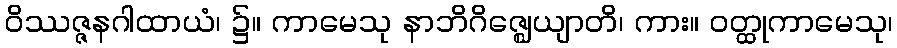
ဝိဿဇ္ဇနဂါထာယံ၊ ၌။ ကာမေသု နာဘိဂိဇ္ဈေယျာတိ၊ ကား။ ဝတ္ထုကာမေသု၊